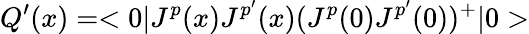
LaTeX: Q^{\prime}(x)=<0|J^{p}(x)J^{p^{\prime}}(x)(J^{p}(0)J^{p^{\prime}}(0))^{+}|0>